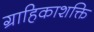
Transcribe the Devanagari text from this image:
ग्राहिकाशक्ति